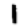
Digit: 1